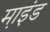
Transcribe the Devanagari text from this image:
म़ाइंड